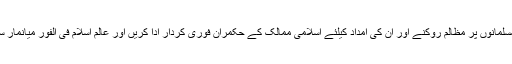
اندریں صورتحال برمی مسلمانوں پر مظالم روکنے اور ان کی امداد کیلئے اسلامی ممالک کے حکمران فوری کردار ادا کریں اور عالم اسلام فی الفور میانمار سے تعلقات منقطع کردے۔